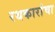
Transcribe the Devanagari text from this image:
रथकारांचा